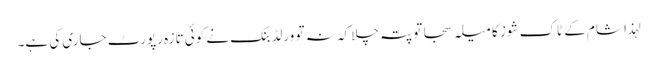
لہذا شام کے ٹاک شوز کا میلہ سجا تو پتہ چلا کہ نہ تو ورلڈ بنک نے کوئی تازہ رپورٹ جاری کی ہے۔